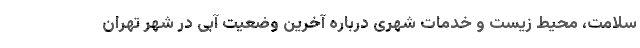
سلامت، محیط زیست و خدمات شهری درباره آخرین وضعیت آبی در شهر تهران